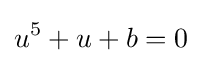
u^{5}+u+b=0